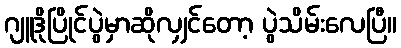
ဂျူဒိုပြိုင်ပွဲမှာဆိုလျှင်တော့ ပွဲသိမ်းလေပြီ။